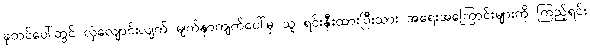
ခုတင်ပေါ်တွင် လှဲလျောင်းလျက် မျက်နှာကျက်ပေါ်မှ သူ ရင်းနှီးထားပြီးသား အရေးအကြောင်းများကို ကြည့်ရင်း